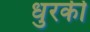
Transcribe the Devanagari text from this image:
धुरकी